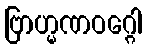
ဗြာဟ္မဏဝဂ္ဂေါ